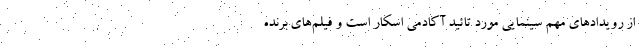
از رویدادهای مهم سینمایی مورد تائید آکادمی اسکار است و فیلم‌های برنده